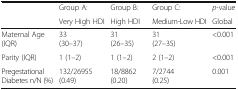
<table><thead><tr><td rowspan="2"></td><td><b>Group A:</b></td><td><b>Group B:</b></td><td><b>Group C:</b></td><td><b><i>p</i>-value</b></td></tr><tr><td><b>Very High HDI</b></td><td><b>High HDI</b></td><td><b>Medium-Low HDI</b></td><td><b>Global</b></td></tr></thead><tbody><tr><td>Maternal Age (IQR)</td><td>33 (30–37)</td><td>31 (26–35)</td><td>31 (27–35)</td><td>&lt;0.001</td></tr><tr><td>Parity (IQR)</td><td>1 (1–2)</td><td>1 (1–2)</td><td>2 (1–2)</td><td>&lt;0.001</td></tr><tr><td>Pregestational Diabetes n/N (%)</td><td>132/26955 (0.49)</td><td>18/8862 (0.20)</td><td>7/2744 (0.25)</td><td>0.001</td></tr></tbody></table>